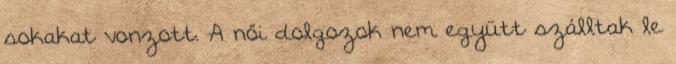
sokakat vonzott. A női dolgozok nem együtt szálltak le